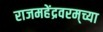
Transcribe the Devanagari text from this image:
राजमहेंद्रवरम्‌च्या